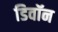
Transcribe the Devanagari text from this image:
डिवॉन